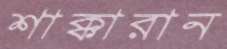
শাক্কারান